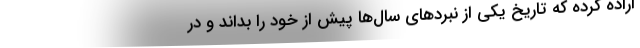
اراده کرده که تاریخ یکی از نبردهای سال‌ها پیش از خود را بداند و در